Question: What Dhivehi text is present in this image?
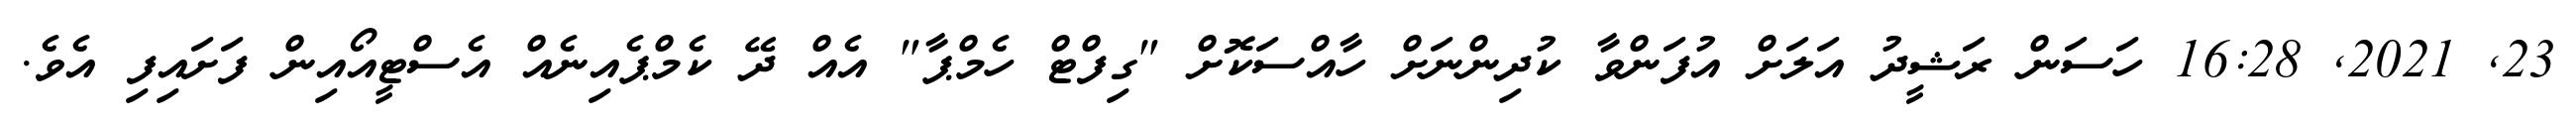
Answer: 23, 2021, 16:28 ހަސަން ރަޝީދު އަލަށް އުފަންވާ ކުދިންނަށް ހާއްސަކޮށް "ގިފްޓް ހެމްޕާ" އެއް ދޭ ކެމްޕެއިނެއް އެސްޓީއޯއިން ފަށައިފި އެވެ.